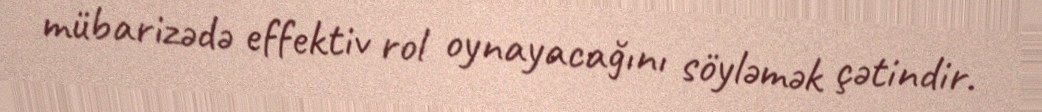
mübarizədə effektiv rol oynayacağını söyləmək çətindir.